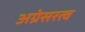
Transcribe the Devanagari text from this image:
अग्रेसरत्व